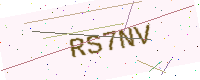
Text: RS7NV